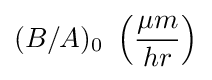
(B/A)_{0}\ \left({\frac {\mu m}{hr}}\right)